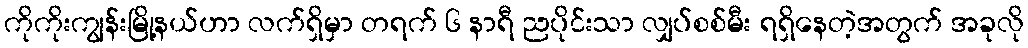
ကိုကိုးကျွန်းမြို့နယ်ဟာ လက်ရှိမှာ တရက် ၆ နာရီ ညပိုင်းသာ လျှပ်စစ်မီး ရရှိနေတဲ့အတွက် အခုလို